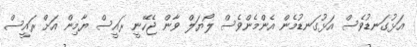
އަޅުގަނޑުވެސް އަޅުގަނޑުމެން އެންމެންވެސް ލޯޔަލް ވާން ޖެހޭނީ ރައީސް ޔާމިން އަށް ރައީސް